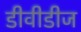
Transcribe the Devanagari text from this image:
डीवीडीज